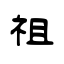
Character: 祖